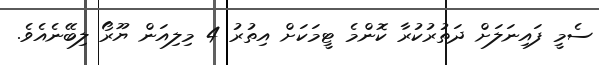
ސެމީ ފައިނަލަށް ދަތުރުކުރާ ކޮންމެ ޓީމަކަށް އިތުރު 4 މިލިއަން ޔޫރޯ ލިބޭނެއެވެ.